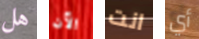
هل الآن انت أي